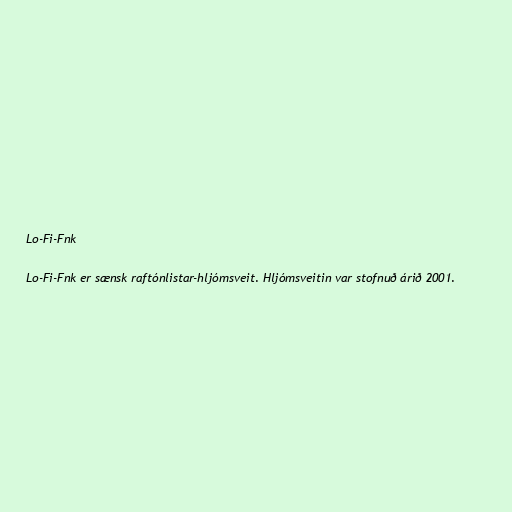
Lo-Fi-Fnk

Lo-Fi-Fnk er sænsk raftónlistar-hljómsveit. Hljómsveitin var stofnuð árið 2001.